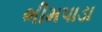
ભીમપાડા